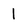
Character: 1